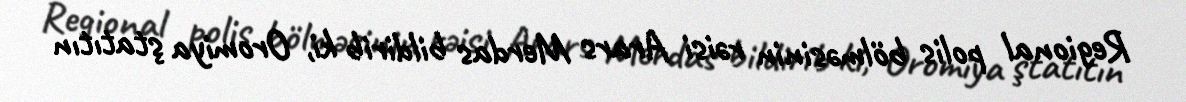
Regional polis bölməsinin rəisi Arars Merdas bildirib ki, Oromiya ştatıtın